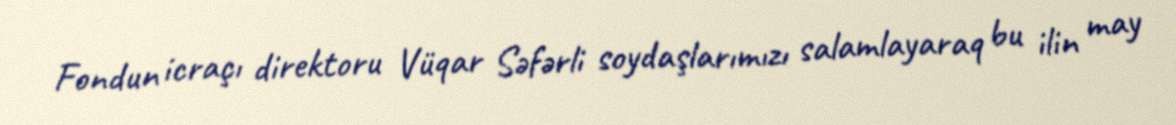
Fondun icraçı direktoru Vüqar Səfərli soydaşlarımızı salamlayaraq bu ilin may